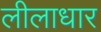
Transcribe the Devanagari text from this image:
लीलाधार